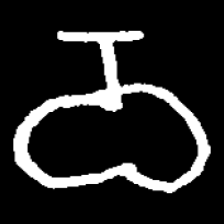
Pyu character \u2014 Myanmar letter: ဝ (romanized: wa)